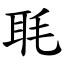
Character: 毦